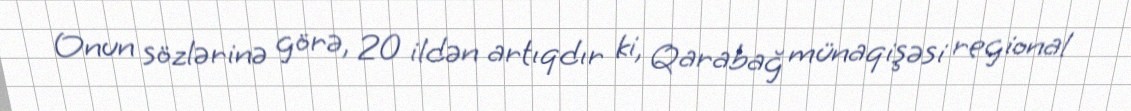
Onun sözlərinə görə, 20 ildən artıqdır ki, Qarabağ münaqişəsi regional